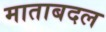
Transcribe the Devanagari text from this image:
माताबदल